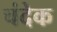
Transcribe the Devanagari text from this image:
चंदेक